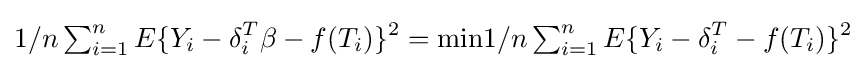
1/n\textstyle \sum _{i=1}^{n}\displaystyle E\{Y_{i}-\delta _{i}^{T}\beta -f(T_{i})\}^{2}={\text{min}}1/n\textstyle \sum _{i=1}^{n}\displaystyle E\{Y_{i}-\delta _{i}^{T}-f(T_{i})\}^{2}